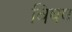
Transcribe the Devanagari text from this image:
विषष